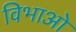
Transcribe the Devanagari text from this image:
विभाओ